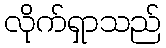
လိုက်ရှာသည်